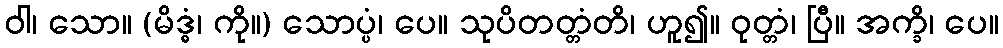
ဝါ၊ သော။ (မိဒ္ဓံ၊ ကို။) သောပ္ပံ၊ ပေ။ သုပိတတ္တံတိ၊ ဟူ၍။ ဝုတ္တံ၊ ပြီ။ အက္ခိ၊ ပေ။